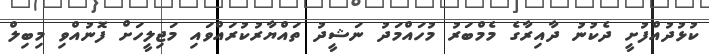
ކުޅުދުއްފުށީ ދެކުނު ދާއިރާގެ މެމްބަރު މުހައްމަދު ނަޝީދު ތައްޔާރުކުރައްވައި މަޖިލީހަށް ފޮނުއްވި މިބިލް